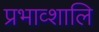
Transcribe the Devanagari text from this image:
प्रभाव्शालि